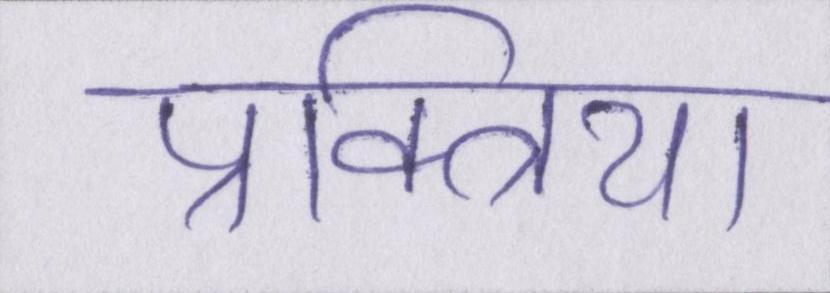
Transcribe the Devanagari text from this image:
प्रक्त्रिया